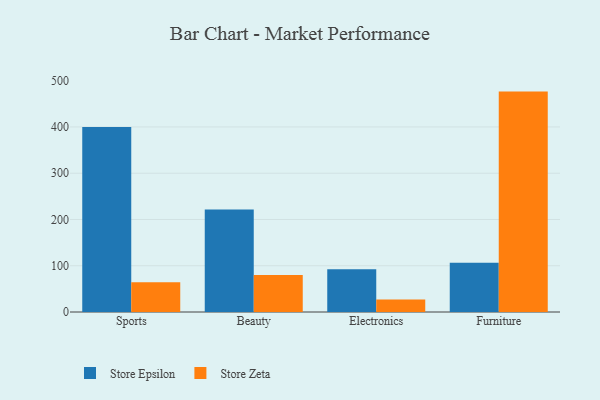
{"axis": {"x": "Category", "y": "Demand Index"}, "legend": ["Store Epsilon", "Store Zeta"], "data": [{"x": "Sports", "y": 399.9, "type": "Store Epsilon"}, {"x": "Sports", "y": 64.5, "type": "Store Zeta"}, {"x": "Beauty", "y": 221.3, "type": "Store Epsilon"}, {"x": "Beauty", "y": 80.1, "type": "Store Zeta"}, {"x": "Electronics", "y": 92.6, "type": "Store Epsilon"}, {"x": "Electronics", "y": 27.0, "type": "Store Zeta"}, {"x": "Furniture", "y": 106.5, "type": "Store Epsilon"}, {"x": "Furniture", "y": 476.4, "type": "Store Zeta"}]}